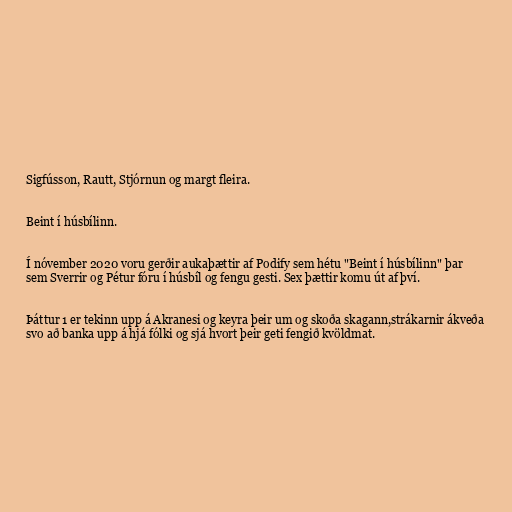
Sigfússon, Rautt, Stjórnun og margt fleira.

Beint í húsbílinn.

Í nóvember 2020 voru gerðir aukaþættir af Podify sem hétu "Beint í húsbílinn" þar
sem Sverrir og Pétur fóru í húsbíl og fengu gesti. Sex þættir komu út af því.

Þáttur 1 er tekinn upp á Akranesi og keyra þeir um og skoða skagann,strákarnir ákveða
svo að banka upp á hjá fólki og sjá hvort þeir geti fengið kvöldmat.